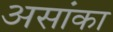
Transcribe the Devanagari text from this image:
असांका